Annual report of the Bengal Veterinary College and of the Civil Veterinary Department, Bengal, for the year 1917-18 - 1917-1918
Year: 1917
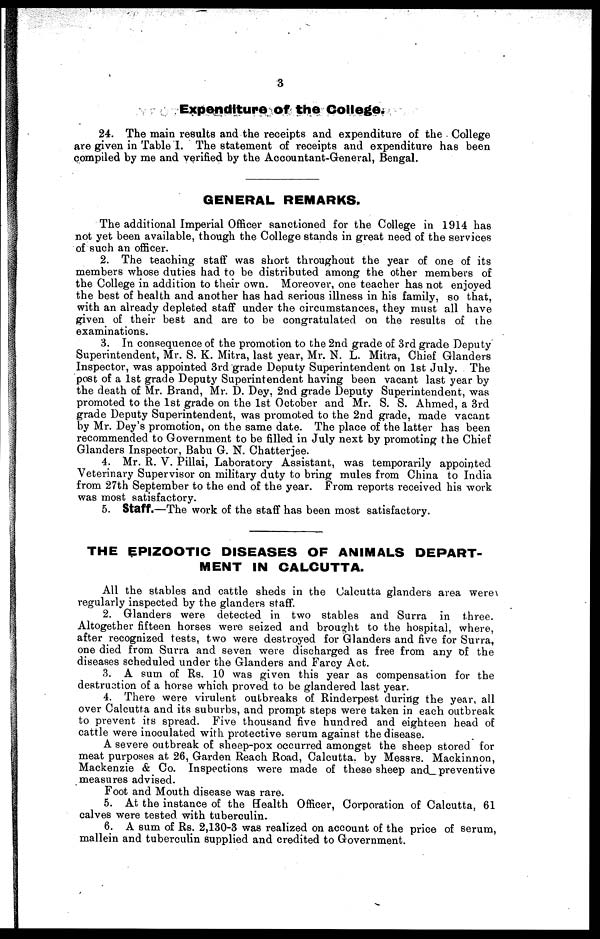
3
Expenditure of the College.
24. The main results and the receipts and expenditure of the College
are given in Table I. The statement of receipts and expenditure has been
compiled by me and verified by the Accountant-General, Bengal.
GENERAL REMARKS.
The additional Imperial Officer sanctioned for the College in 1914 has
not yet been available, though the College stands in great need of the services
of such an officer.
2. The teaching staff was short throughout the year of one of its
members whose duties had to be distributed among the other members of
the College in addition to their own. Moreover, one teacher has not enjoyed
the best of health and another has had serious illness in his family, so that,
with an already depleted staff under the circumstances, they must all have
given of their best and are to be congratulated on the results of the
examinations.
3. In consequence of the promotion to the 2nd grade of 3rd grade Deputy
Superintendent, Mr. S. K. Mitra, last year, Mr. N. L. Mitra, Chief Glanders
Inspector, was appointed 3rd grade Deputy Superintendent on 1st July. The
post of a 1st grade Deputy Superintendent having been vacant last year by
the death of Mr. Brand, Mr. D. Dey, 2nd grade Deputy Superintendent, was
promoted to the 1st grade on the 1st October and Mr. S. S. Ahmed, a 3rd
grade Deputy Superintendent, was promoted to the 2nd grade, made vacant
by Mr. Dey's promotion, on the same date. The place of the latter has been
recommended to Government to be filled in July next by promoting the Chief
Glanders Inspector, Babu G. N. Chatterjee.
4. Mr. R. V. Pillai, Laboratory Assistant, was temporarily appointed
Veterinary Supervisor on military duty to bring mules from China to India
from 27th September to the end of the year. From reports received his work
was most satisfactory.
5. Staff.—The work of the staff has been most satisfactory.
THE EPIZOOTIC DISEASES OF ANIMALS DEPART-
MENT IN CALCUTTA.
All the stables and cattle sheds in the Calcutta glanders area were
regularly inspected by the glanders staff.
2. Glanders were detected in two stables and Surra in three.
Altogether fifteen horses were seized and brought to the hospital, where,
after recognized tests, two were destroyed for Glanders and five for Surra,
one died from Surra and seven were discharged as free from any of the
diseases scheduled under the Glanders and Farcy Act.
3. A sum of Rs. 10 was given this year as compensation for the
destruction of a horse which proved to be glandered last year.
4. There were virulent outbreaks of Rinderpest during the year, all
over Calcutta and its suburbs, and prompt steps were taken in each outbreak
to prevent its spread. Five thousand five hundred and eighteen head of
cattle were inoculated with protective serum against the disease.
A severe outbreak of sheep-pox occurred amongst the sheep stored for
meat purposes at 26, Garden Reach Road, Calcutta, by Messrs. Mackinnon,
Mackenzie & Co. Inspections were made of these sheep and_ preventive
measures advised.
Foot and Mouth disease was rare.
5. At the instance of the Health Officer, Corporation of Calcutta, 61
calves were tested with tuberculin.
6. A sum of Rs. 2,130-3 was realized on account of the price of serum,
mallein and tuberculin supplied and credited to Government.